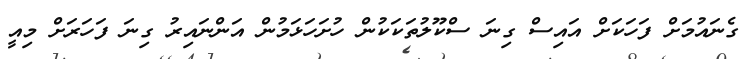
ގެނައުމަށް ފަހަކަށް އައިސް ގިނަ ސްކޫލުތަކަކުން ހުށަހަޅަމުން އަންނައިރު ގިނަ ފަހަރަށް މިއީ